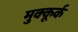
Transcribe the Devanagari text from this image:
मुक्कूर्क